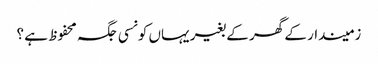
زمیندار کے گھر کے بغیر یہاں کونسی جگہ محفوظ ہے ؟